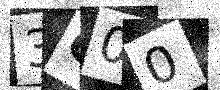
Text: 3G00